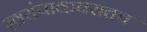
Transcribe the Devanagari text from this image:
स्वयंपाकघरातच